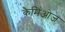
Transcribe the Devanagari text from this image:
कैमिओज